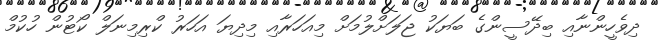
ދިވެހީންނާއި ބިދޭސީންގެ ބަޔަކު ޖަލަށްލުމަށް މިއަހަރާއި މިދިޔަ އަހަރު ކްރިމިނަލް ކޯޓުން ހުކުމް